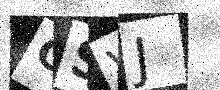
Text: GSVJ